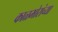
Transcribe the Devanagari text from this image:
काळभोरांच्या